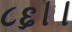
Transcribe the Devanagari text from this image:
८६।।